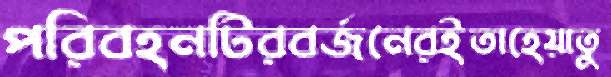
পরিবহনটিরবর্জনেরইতাহেয়াতু